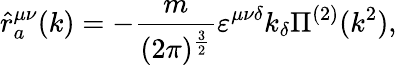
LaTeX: \hat{r}_{a}^{\mu\nu}(k)=-\frac{m}{(2\pi)^{\frac{3}{2}}}\varepsilon^{\mu\nu\delta}k_{\delta}\Pi^{(2)}(k^{2}),